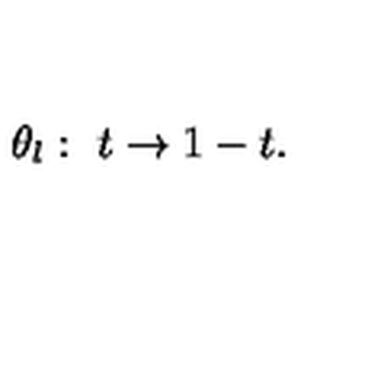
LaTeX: \theta _ { l } : \ t \rightarrow 1 - t .